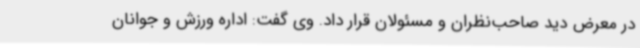
در معرض دید صاحب‌نظران و مسئولان قرار داد. وی گفت: اداره ورزش و جوانان